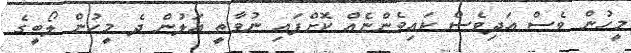
މީހުން ވެސް އަދިވެސް ކައިވެންޏެއް ކޮށްފައި ނުވާތީ އަލުން ދެ މީހުން ލޯބީގެ